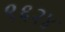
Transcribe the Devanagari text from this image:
९६२४